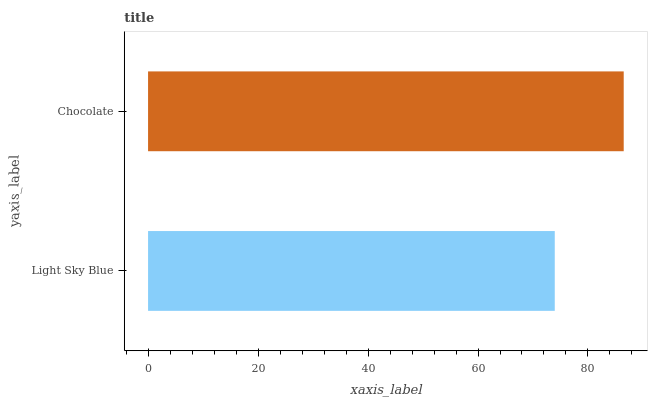
| yaxis_label | bars |
 | --- | --- |
 | Light Sky Blue | 74 |
 | Chocolate | 86.5 |